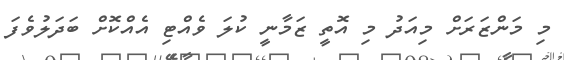
މި މަންޒަރަށް މިއަދު މި އޮތީ ޒަމާނީ ކުލަ ވެއްޓި އެއްކޮށް ބަދަލުވެފަ